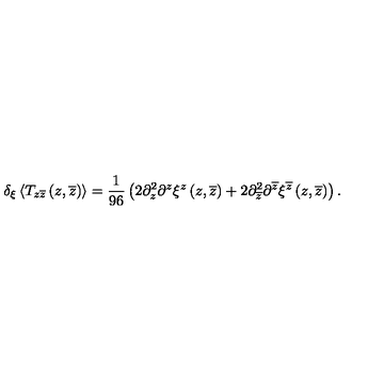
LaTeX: \delta _ { \xi } \left< T _ { z \overline { z } } \left( z , \overline { z } \right) \right> = { \frac { 1 } { 9 6 } } \left( 2 \partial _ { z } ^ { 2 } \partial ^ { z } \xi ^ { z } \left( z , \overline { z } \right) + 2 \partial _ { \overline { z } } ^ { 2 } \partial ^ { \overline { z } } \xi ^ { \overline { z } } \left( z , \overline { z } \right) \right) .